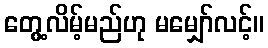
တွေ့လိမ့်မည်ဟု မမျှော်လင့်။